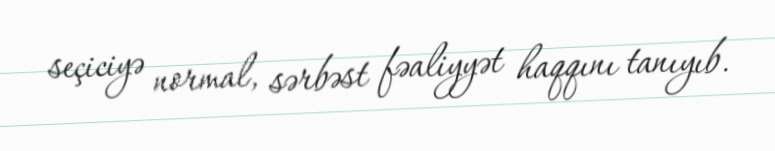
seçiciyə normal, sərbəst fəaliyyət haqqını tanıyıb.